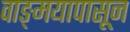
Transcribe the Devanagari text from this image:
वाङ्‌मयापासून